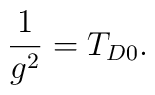
\frac{1}{g^2} = T_{D0}.